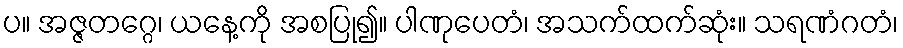
ပ။ အဇ္ဇတဂ္ဂေ၊ ယနေ့ကို အစပြု၍။ ပါဏုပေတံ၊ အသက်ထက်ဆုံး။ သရဏံဂတံ၊